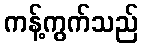
ကန့်ကွက်သည်